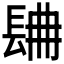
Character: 𨱸